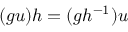
( g u ) h = ( g h ^ { - 1 } ) u